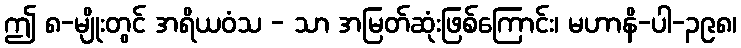
ဤ ၈-မျိုးတွင် အရိယဝံသ - သာ အမြတ်ဆုံးဖြစ်ကြောင်း၊ မဟာနိ-ပါ-၃၉၈၊